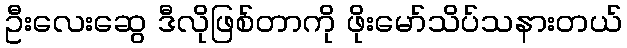
ဦးလေးဆွေ ဒီလိုဖြစ်တာကို ဖိုးမော်သိပ်သနားတယ်